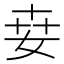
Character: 𡜦